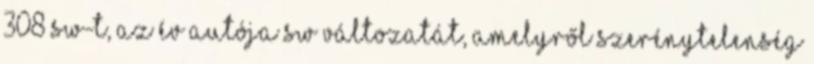
308 SW-t, az Év Autója SW változatát, amelyről szerénytelenség